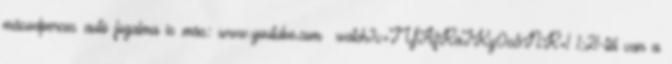
másodperces autó fogalma is más: www.youtube.com watch?v=JYAfRaJKy0c&NR=1 1:21-től van a